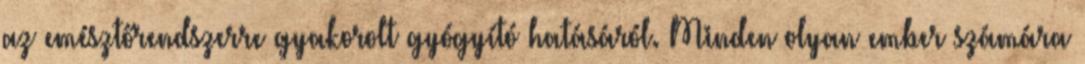
az emésztőrendszerre gyakorolt gyógyító hatásáról. Minden olyan ember számára